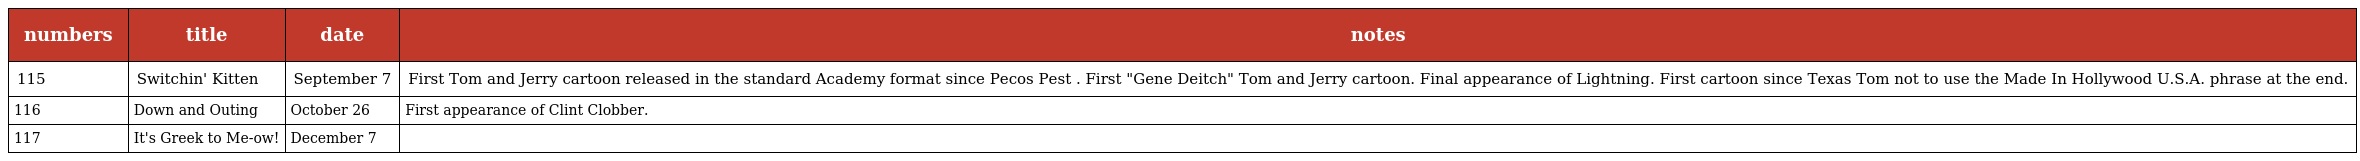
| numbers | title | date | notes |
 | --- | --- | --- | --- |
 | 115 | Switchin' Kitten | September 7 | First Tom and Jerry cartoon released in the standard Academy format since Pecos Pest . First "Gene Deitch" Tom and Jerry cartoon. Final appearance of Lightning. First cartoon since Texas Tom not to use the Made In Hollywood U.S.A. phrase at the end. |
 | 116 | Down and Outing | October 26 | First appearance of Clint Clobber. |
 | 117 | It's Greek to Me-ow! | December 7 |  |